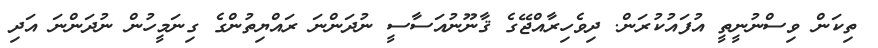
ތިކަން ވިސްނުނީތީ އުފައުކުރަން. ދިވެހިރާއްޖޭގެ ޤާނޫނުއަސާސީ ނުދަންނަ ރައްޔިތުންގެ ގިނަމީހުން ނުދަންނަ އަދި